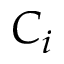
C _ { i }